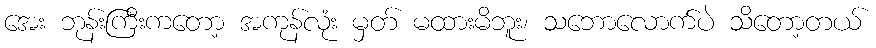
အေး ဘုန်းကြီးကတော့ အကုန်လုံး မှတ် မထားမိဘူး၊ သဘောလောက်ပဲ သိတော့တယ်